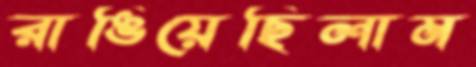
রাঙিয়েছিলাম